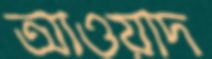
আওয়াদ